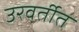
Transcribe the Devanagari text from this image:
उरवर्तीत